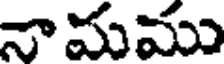
నామము